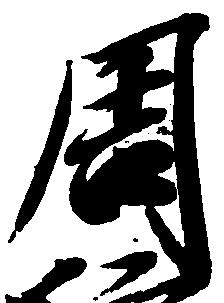
周